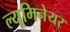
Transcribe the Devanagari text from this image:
ल्यूमिनेयर